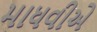
માધવીએ